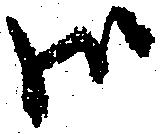
御